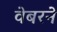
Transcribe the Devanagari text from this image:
वेबरने